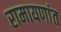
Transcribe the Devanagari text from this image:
रामायणांत